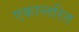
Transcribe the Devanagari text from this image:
एकान्तरित